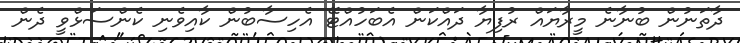
ދާތަނުން ބުނާނެ މީރާޔައް ރުފިޔާ ދައްކަން އެބަހުއްޓޭ އެހިސާބުން ކާއިވެނި ކެންސަޅްވީ ދެން